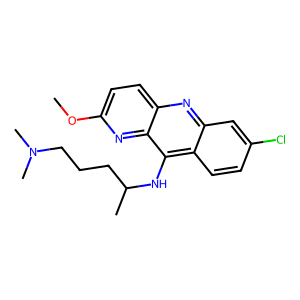
SMILES: COc1ccc2nc3cc(Cl)ccc3c(NC(C)CCCN(C)C)c2n1
Inhibits HIV replication: No